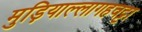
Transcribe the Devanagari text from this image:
मुड़ियाल्लागहवट्टा